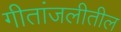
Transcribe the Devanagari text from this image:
गीतांजलीतील